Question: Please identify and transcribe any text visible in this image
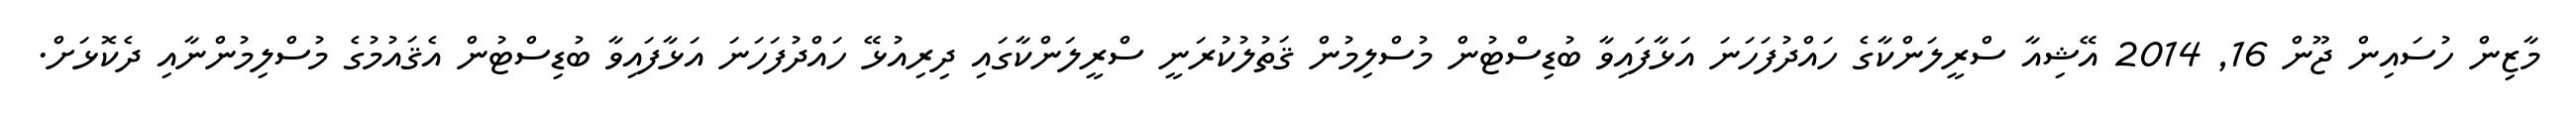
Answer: މާޒިން ހުސައިން ޖޫން 16, 2014 އޭޝިއާ ސްރީލަންކާގެ ހައްދުފަހަނަ އަޅާފައިވާ ބުޑިސްޓުން މުސްލިމުން ޤަތުލުކުރަނީ ސްރީލަންކާގައި ދިރިއުޅޭ ހައްދުފަހަނަ އަޅާފައިވާ ބުޑިސްޓުން އެޤައުމުގެ މުސްލިމުންނާއި ދެކޮޅަށް.